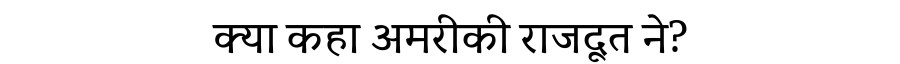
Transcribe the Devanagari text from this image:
क्या कहा अमरीकी राजदूत ने?